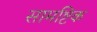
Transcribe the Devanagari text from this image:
सामष्टिक